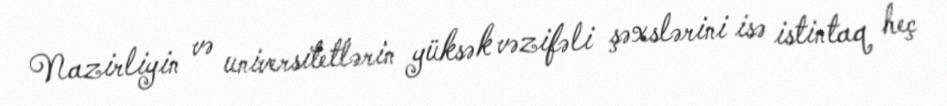
Nazirliyin və universitetlərin yüksək vəzifəli şəxslərini isə istintaq heç